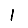
Digit: 1